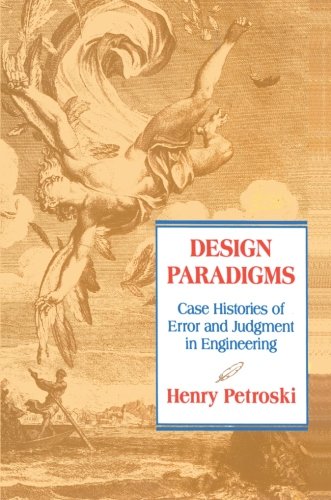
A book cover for Design Paradigms: Case Histories of Error and Judgment in Engineering; Henry Petroski; Engineering & Transportation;